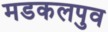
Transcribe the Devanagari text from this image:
मडकलपुव